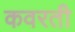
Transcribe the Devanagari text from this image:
कवरती